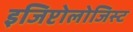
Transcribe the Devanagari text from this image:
इजिप्टोलोजिस्ट